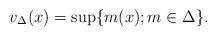
LaTeX: \begin{align*}v_{\Delta}(x)=\mathrm{sup} \{ m(x); m\in \Delta \}.\end{align*}